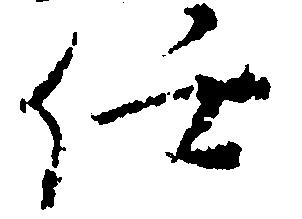
任